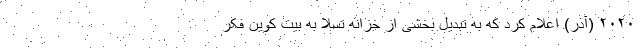
۲۰۲۰ (آذر) اعلام کرد که به تبدیل بخشی از خزانه تسلا به بیت کوین فکر